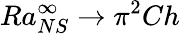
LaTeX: Ra_{NS}^{\infty}\rightarrow\pi^{2}Ch